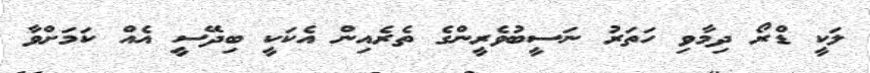
ލަކީ ޑްރޯ ދިމާވި ހަތަރު ނަސީބުވެރީންގެ ތެރެއިން އެކަކީ ބިދޭސީ އެއް ކަމަށްވާ